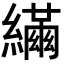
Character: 𦆐